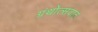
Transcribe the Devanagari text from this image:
ग्रंथोत्सवात